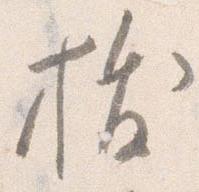
抜